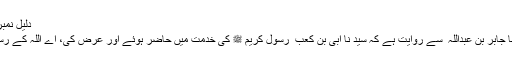
دلیل نمبر 3:
سیدنا جابر بن عبداللہ ؓ سے روایت ہے کہ سید نا ابی بن کعب ؓ رسول کریم ﷺ کی خدمت میں حاضر ہوئے اور عرض کی، اے اللہ کے رسول!